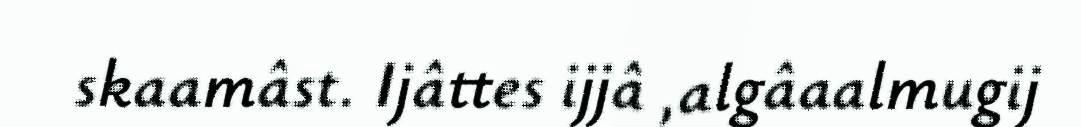
skaamâst. Ijâttes ijjâ ,algâaalmugij